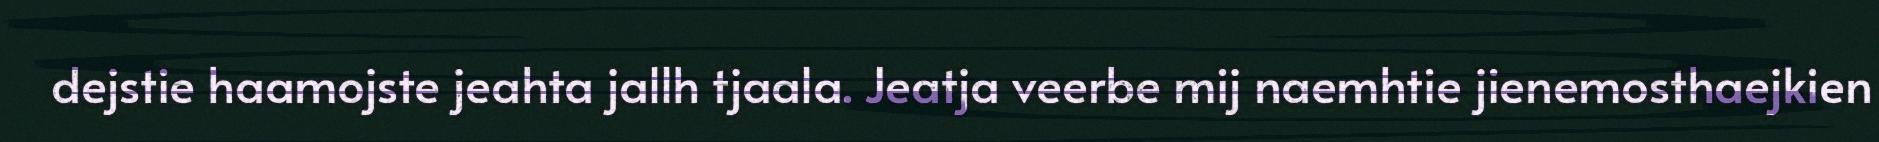
dejstie haamojste jeahta jallh tjaala. Jeatja veerbe mij naemhtie jienemosthaejkien